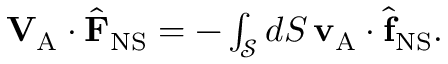
\begin{array} { r } { \mathbf { V } _ { \mathrm { A } } \cdot \hat { \mathbf { F } } _ { \mathrm { N S } } = - \int _ { \mathcal { S } } d S \, \mathbf { v } _ { \mathrm { A } } \cdot \hat { \mathbf { f } } _ { \mathrm { N S } } . } \end{array}